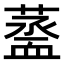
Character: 𧗆